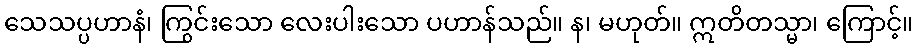
သေသပ္ပဟာနံ၊ ကြွင်းသော လေးပါးသော ပဟာန်သည်။ န၊ မဟုတ်။ ဣတိတသ္မာ၊ ကြောင့်။